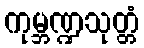
ကုမ္ဘဏ္ဍသုတ္တံ